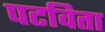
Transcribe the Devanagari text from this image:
पटविता